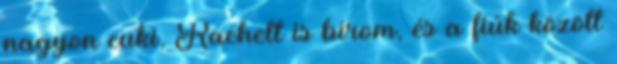
nagyon cuki, Rachelt is bírom, és a fiúk között